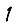
Digit: 1